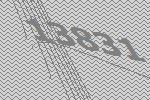
13831